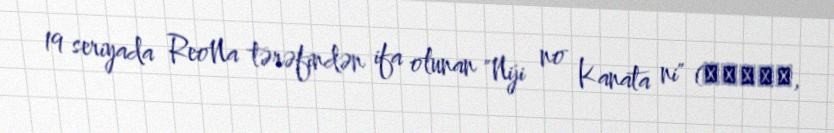
19 seriyada ReoNa tərəfindən ifa olunan "Niji no Kanata ni" (虹の彼方に,